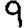
Digit: 9